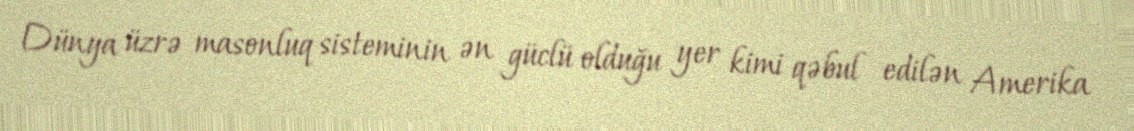
Dünya üzrə masonluq sisteminin ən güclü olduğu yer kimi qəbul edilən Amerika